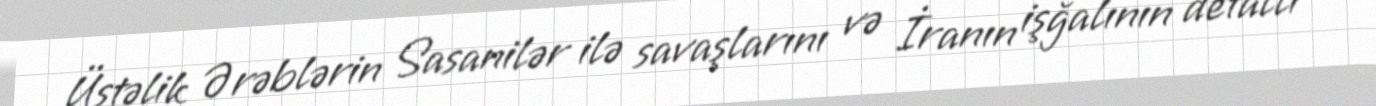
Üstəlik Ərəblərin Sasanilər ilə savaşlarını və İranın işğalının detallı